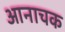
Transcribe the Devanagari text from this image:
आनाचक